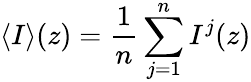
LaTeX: \left<I\right>(z)=\frac{1}{n}\sum_{j=1}^{n}I^{j}(z)